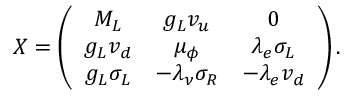
X = \left( \begin{array} { c c c } { { M _ { L } } } & { { g _ { L } v _ { u } } } & { { 0 } } \\ { { g _ { L } v _ { d } } } & { { \mu _ { \phi } } } & { { \lambda _ { e } \sigma _ { L } } } \\ { { g _ { L } \sigma _ { L } } } & { { - \lambda _ { \nu } \sigma _ { R } } } & { { - \lambda _ { e } v _ { d } } } \end{array} \right) .